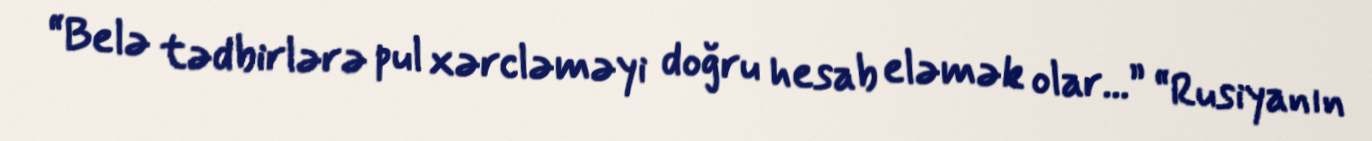
“Belə tədbirlərə pul xərcləməyi doğru hesab eləmək olar...” “Rusiyanın